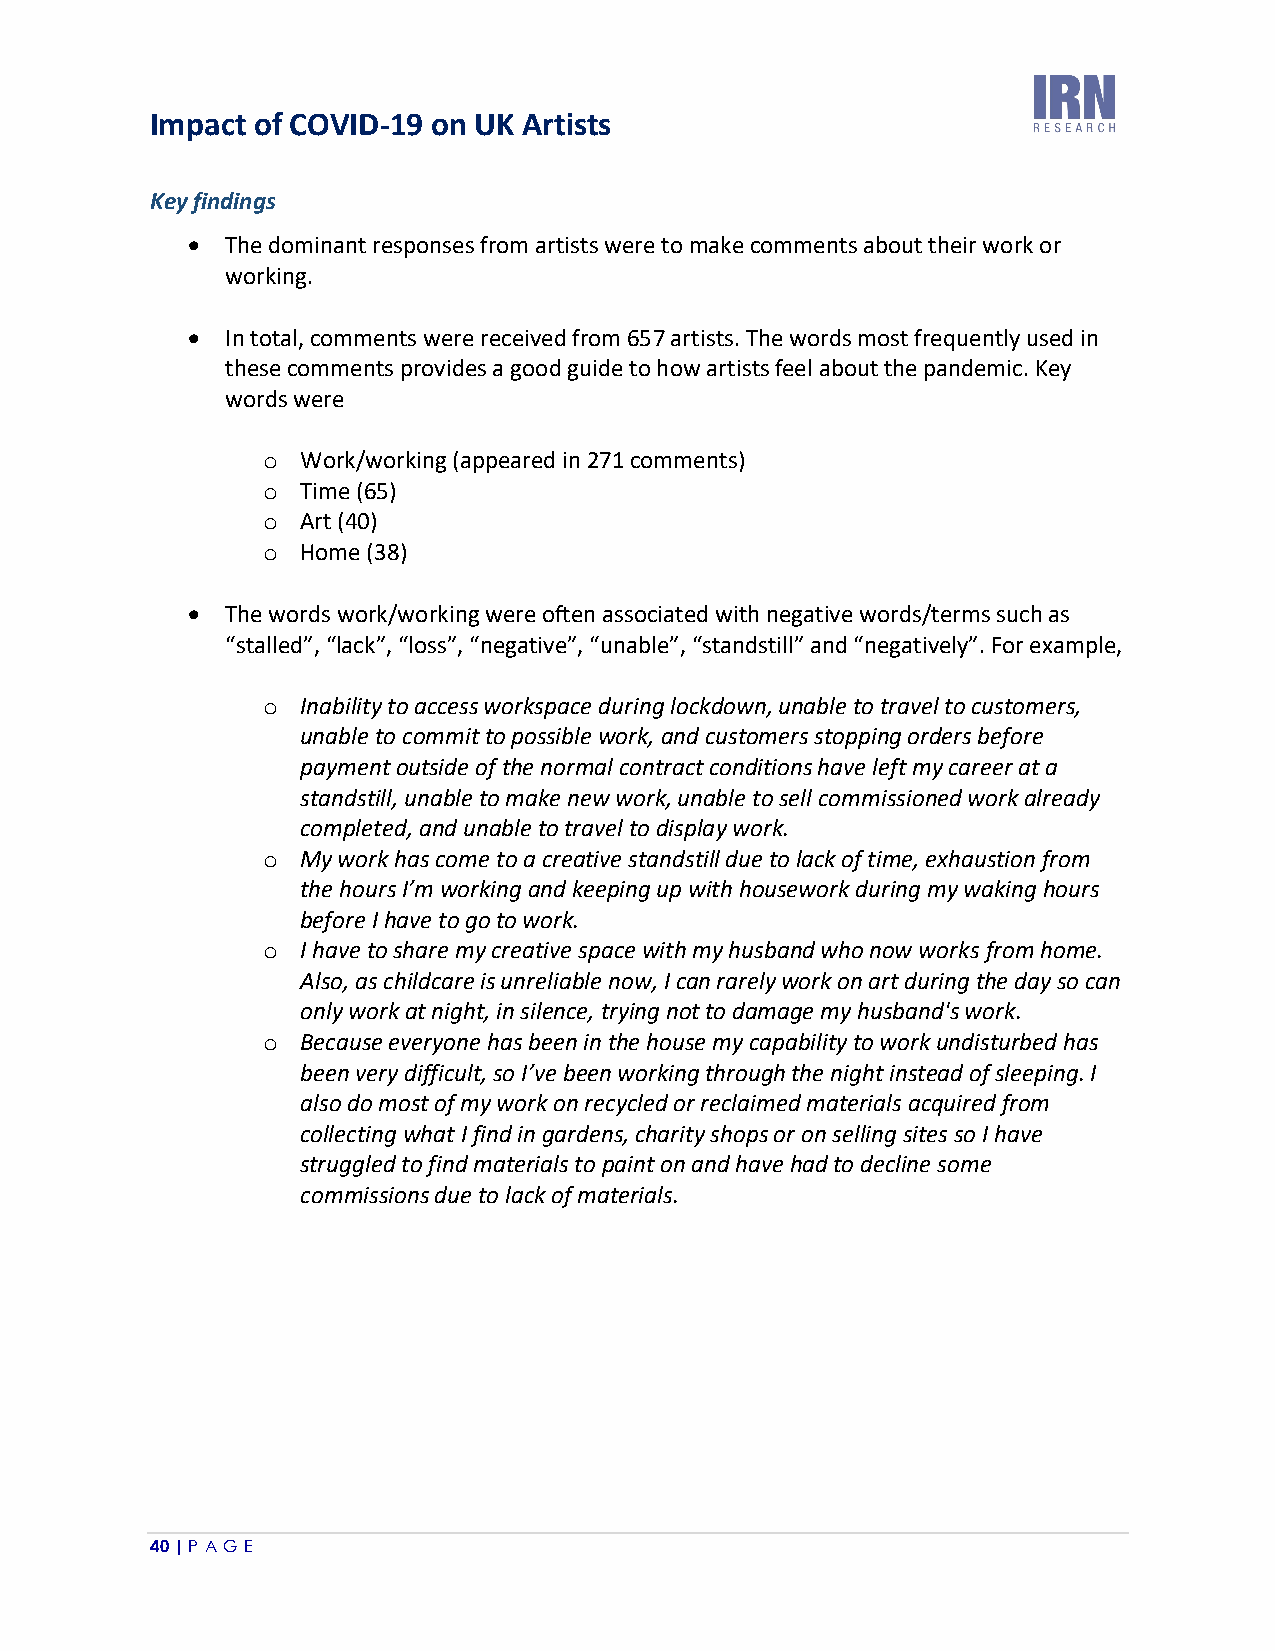
Impact of COVID-19 on UK Artists
 Key findings
 •  The dominant responses from artists were to make comments about their work or
 working.
 •  In total, comments were received from 657 artists. The words most frequently used in
 these comments provides a good guide to how artists feel about the pandemic. Key
 words were
 o  Work/working (appeared in 271 comments)
 o  Time (65)
 o  Art (40)
 o  Home (38)
 •  The words work/working were often associated with negative words/terms such as
 “stalled”, “lack”, “loss”, “negative”, “unable”, “standstill” and “negatively”. For example,
 o  Inability to access workspace during lockdown, unable to travel to customers,
 unable to commit to possible work, and customers stopping orders before
 payment outside of the normal contract conditions have left my career at a
 standstill, unable to make new work, unable to sell commissioned work already
 completed, and unable to travel to display work.
 o  My work has come to a creative standstill due to lack of time, exhaustion from
 the hours I’m working and keeping up with housework during my waking hours
 before I have to go to work.
 o  I have to share my creative space with my husband who now works from home.
 Also, as childcare is unreliable now, I can rarely work on art during the day so can
 only work at night, in silence, trying not to damage my husband's work.
 o  Because everyone has been in the house my capability to work undisturbed has
 been very difficult, so I’ve been working through the night instead of sleeping. I
 also do most of my work on recycled or reclaimed materials acquired from
 collecting what I find in gardens, charity shops or on selling sites so I have
 struggled to find materials to paint on and have had to decline some
 commissions due to lack of materials.
 40 | P A GE